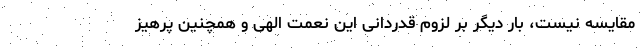
مقایسه نیست، بار دیگر بر لزوم قدردانی این نعمت الهی و همچنین پرهیز